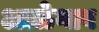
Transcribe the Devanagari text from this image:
आळेगाव